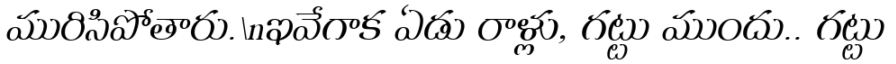
మురిసిపోతారు.\nఇవేగాక ఏడు రాళ్లు, గట్టు ముందు.. గట్టు